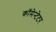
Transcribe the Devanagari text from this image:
कॉमेन्टेटर